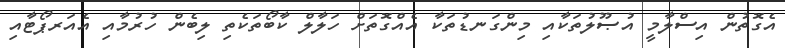
އެގޮތުން އިސްލާމީ އުޞޫލުތަކާއި މިންގަނޑުތަކާ އެއްގޮތަށް ހަލާލް ކާބޯތަކެތި ލިބެން ހުރުމާއި އެއަރޕޯޓާއި